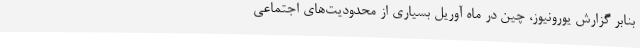
بنابر گزارش یورونیوز، چین در ماه آوریل بسیاری از محدودیت‌های اجتماعی